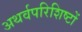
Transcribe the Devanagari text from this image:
अथर्वपरिशिष्टों